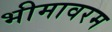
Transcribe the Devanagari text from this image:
भीमावरम